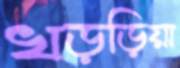
খড়ড়িয়া